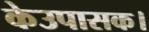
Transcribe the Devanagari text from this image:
केउपासक।